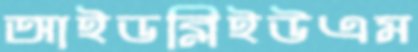
আইডব্লিইউএম